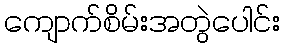
ကျောက်စိမ်းအတွဲပေါင်း